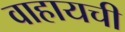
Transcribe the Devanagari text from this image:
वाहायची